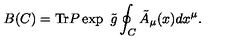
B ( C ) = \mathrm { T r } P \exp \ \tilde { g } \oint _ { C } \tilde { A } _ { \mu } ( x ) d x ^ { \mu } .